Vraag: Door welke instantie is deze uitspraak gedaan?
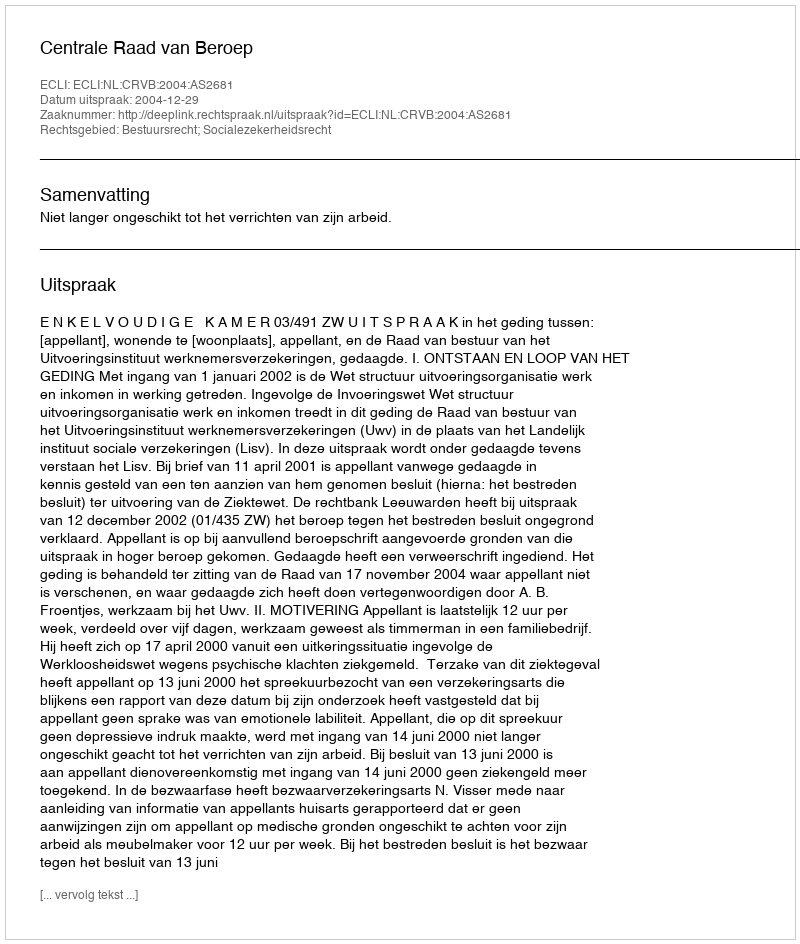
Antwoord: Centrale Raad van Beroep